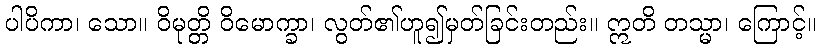
ပါပိကာ၊ သော။ ဝိမုတ္တိ ဝိမောက္ခာ၊ လွတ်၏ဟူ၍မှတ်ခြင်းတည်း။ ဣတိ တသ္မာ၊ ကြောင့်။